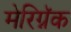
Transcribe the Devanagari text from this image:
मेरिग्नॅक